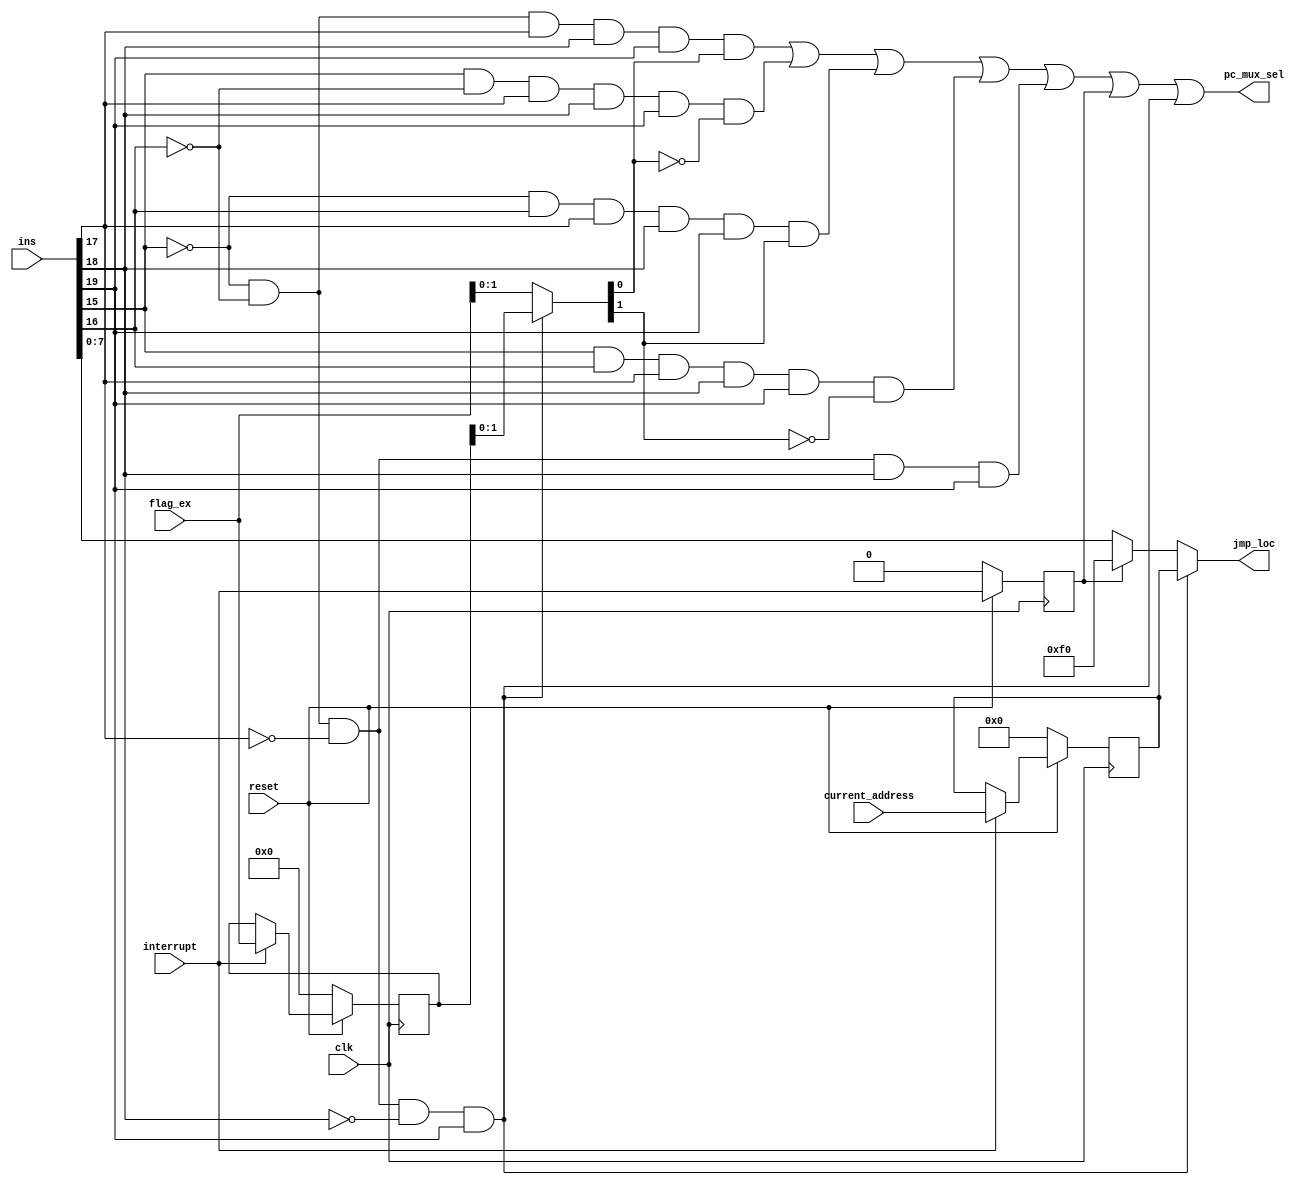
`timescale 1ns / 1ps

///////////////////////////////////////////////////////////////////

//GROUP NUMBER  - A05
//GROUP MEMBERS - ASHNA JAIN(201501008)
//					 - CHARMI CHOKSHI(201501021)
//              - MANASI DUBEY(201501051)
//DESCRIPTION:  - This is the Jump Control block of microprocessor.

///////////////////////////////////////////////////////////////////


module jump_control_module(ins,clk,interrupt,current_address,flag_ex,reset,pc_mux_sel,jmp_loc);

input [19:0] ins;		//input declaration of 20 bits
input clk,interrupt,reset;		//input declaration of 1 bit
input [3:0] flag_ex;			//input declaration of 4 bits
input [7:0] current_address;		//input declaration of 8 bits

output pc_mux_sel;		//output declaration of 1 bit
output [7:0] jmp_loc;		//output declaration of 8 bits

wire [4:0] temp;		//wire declaration
wire [7:0] jump_address;
wire jc,jnc,jz,jnz,jmp,ret, r3_t;
wire [7:0] m1,m2, r1_t;
wire [3:0] m4, r2_t;
wire [3:0] final_flag;
wire a1,a2,a3,a4;

reg r3;			//register declaration
reg [7:0] r1;
reg [3:0] r2;

assign temp = ins[19:15];		//assigning 5 MSB of ins to temp
assign jump_address = ins[7:0];		//assigning 8 LSB of ins to jump_address

//GATE LEVEL MODELING
and(jc,~temp[0],~temp[1],temp[2],temp[3],temp[4]);		//checking if the opcode is of jc(jump when carry) or not
and(jnc,temp[0],~temp[1],temp[2],temp[3],temp[4]);		//checking if the opcode is of jnc(jump when not carry) or not
and(jz,~temp[0],temp[1],temp[2],temp[3],temp[4]);		//checking if the opcode is of jz(jump when zero) or not
and(jnz,temp[0],temp[1],temp[2],temp[3],temp[4]);		//checking if the opcode is of jnc(jump when not carry) or not
and(jmp,~temp[0],~temp[1],~temp[2],temp[3],temp[4]);	//checking if the opcode is of jmp(unconditional jump) or not

and(ret,~temp[0],~temp[1],~temp[2],~temp[3],temp[4]);		//checking if the opcode is of ret(return) or not


/*		When interrupt signal value is '1', we stores 'current_address' and 'flag_ex' in the system,
		program will jump to location (8'hF0). 
		When interrupt process is over we are providing RET instruction to continue our main program,
		for that we need to reproduce 'current_address' and 'flag_ex' which was previously stored in system.
*/

assign m1= (interrupt==1'b1) ?current_address:r1;		//creating multiplexers using conditional operator
assign m2= (r3==1'b1) ? 8'hf0:jump_address;
assign jmp_loc= (ret==1'b1) ?r1:m2;
assign m4= (interrupt==1'b1) ?flag_ex:r2;
assign final_flag= (ret==1'b1) ?r2:flag_ex;


assign r3_t = (reset==1'b1) ?interrupt:1'b0;		//r3_t is a temporary wire that stores the value of interrupt if reset is 1 otherwise it stores 0 (r3_t is a wire that gives the value to r3 at posedge clock)
assign r1_t = (reset==1'b1) ?m1:8'b0;		//r1_t is a temporary wire that stores the value of m1 if reset is 1 otherwise it stores 0 (r1_t is a wire that gives the value to r1 at posedge clock)
assign r2_t = (reset==1'b1) ?m4:4'b0;		//r2_t is a temporary wire that stores the value of m4 if reset is 1 otherwise it stores 0 (r2_t is a wire that gives the value to r2 at posedge clock)

//register
always@(posedge clk)		//this statement shows that the block will execute when the clock is at posedge
begin
	r3 <= r3_t;		
	r1 <= r1_t;
	r2 <= r2_t;
end

and(a1,jc,final_flag[0]);		//output will be 1 when jc opcode is given and carry flag is 1
and(a2,jnc,~final_flag[0]);	//output will be 1 when jnc opcode is given and carry flag is 0 beacause it is a jump when not carry
and(a3,jz,final_flag[1]);		//output will be 1 when jz opcode is given and zero flag is 1
and(a4,jnz,~final_flag[1]);	//output will be 1 when jnz opcode is given and zero flag is 0 beacause it is a jump when not zero


/*		generating pc_mux_sel 1 if any of the jump instruction or ret is found
		which is the selection line for the pc mux to take either next address or jump address
*/
or(pc_mux_sel,a1,a2,a3,a4,jmp,r3,ret);		

endmodule		//code ends here